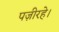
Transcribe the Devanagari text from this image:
पज़ीरहे।